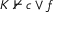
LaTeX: K \not \vdash c \vee f